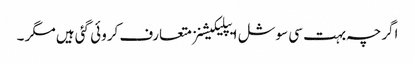
اگرچہ بہت سی سوشل ایپلیکیشنز متعارف کروئی گئی ہیں مگر ۔